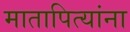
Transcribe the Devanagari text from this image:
मातापित्यांना